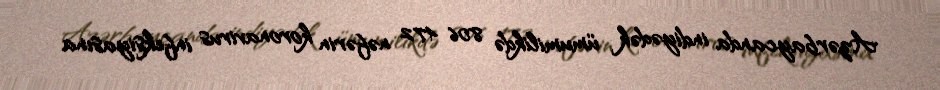
Azərbaycanda indiyədək ümumilikdə 806 472 nəfərin koronavirus infeksiyasına